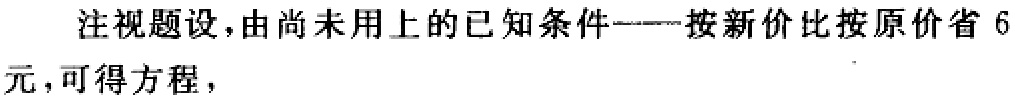
注视题设，由尚未用上的已知条件——按新价比按原价省 6 元，可得方程，